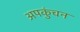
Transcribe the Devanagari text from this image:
अपकुंचन